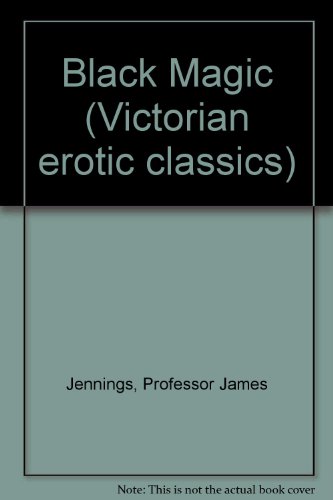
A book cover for Black Magic (Victorian erotic classics); Anonymous; Romance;